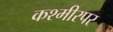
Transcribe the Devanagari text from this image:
कश्मीरपर